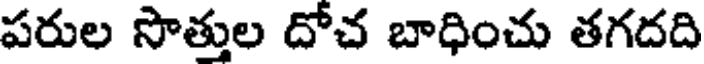
పరుల సొత్తుల దోచ బాధించు తగదది